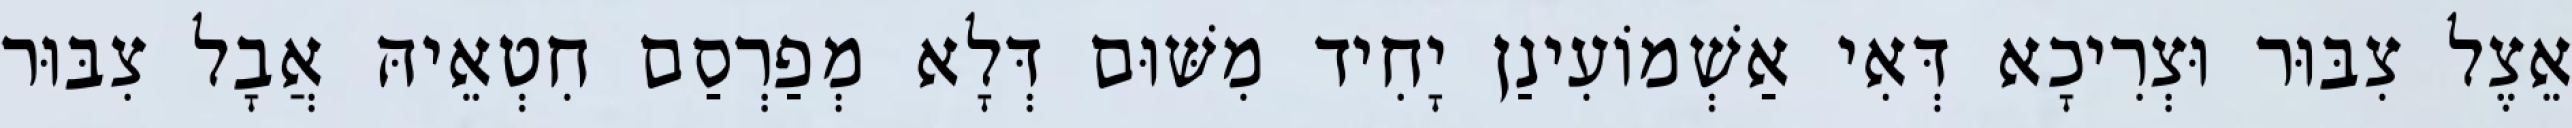
אֵצֶל צִבּוּר וּצְרִיכָא דְּאִי אַשְׁמוֹעִינַן יָחִיד מִשּׁוּם דְּלָא מְפַרְסַם חִטְאֵיהּ אֲבָל צִבּוּר